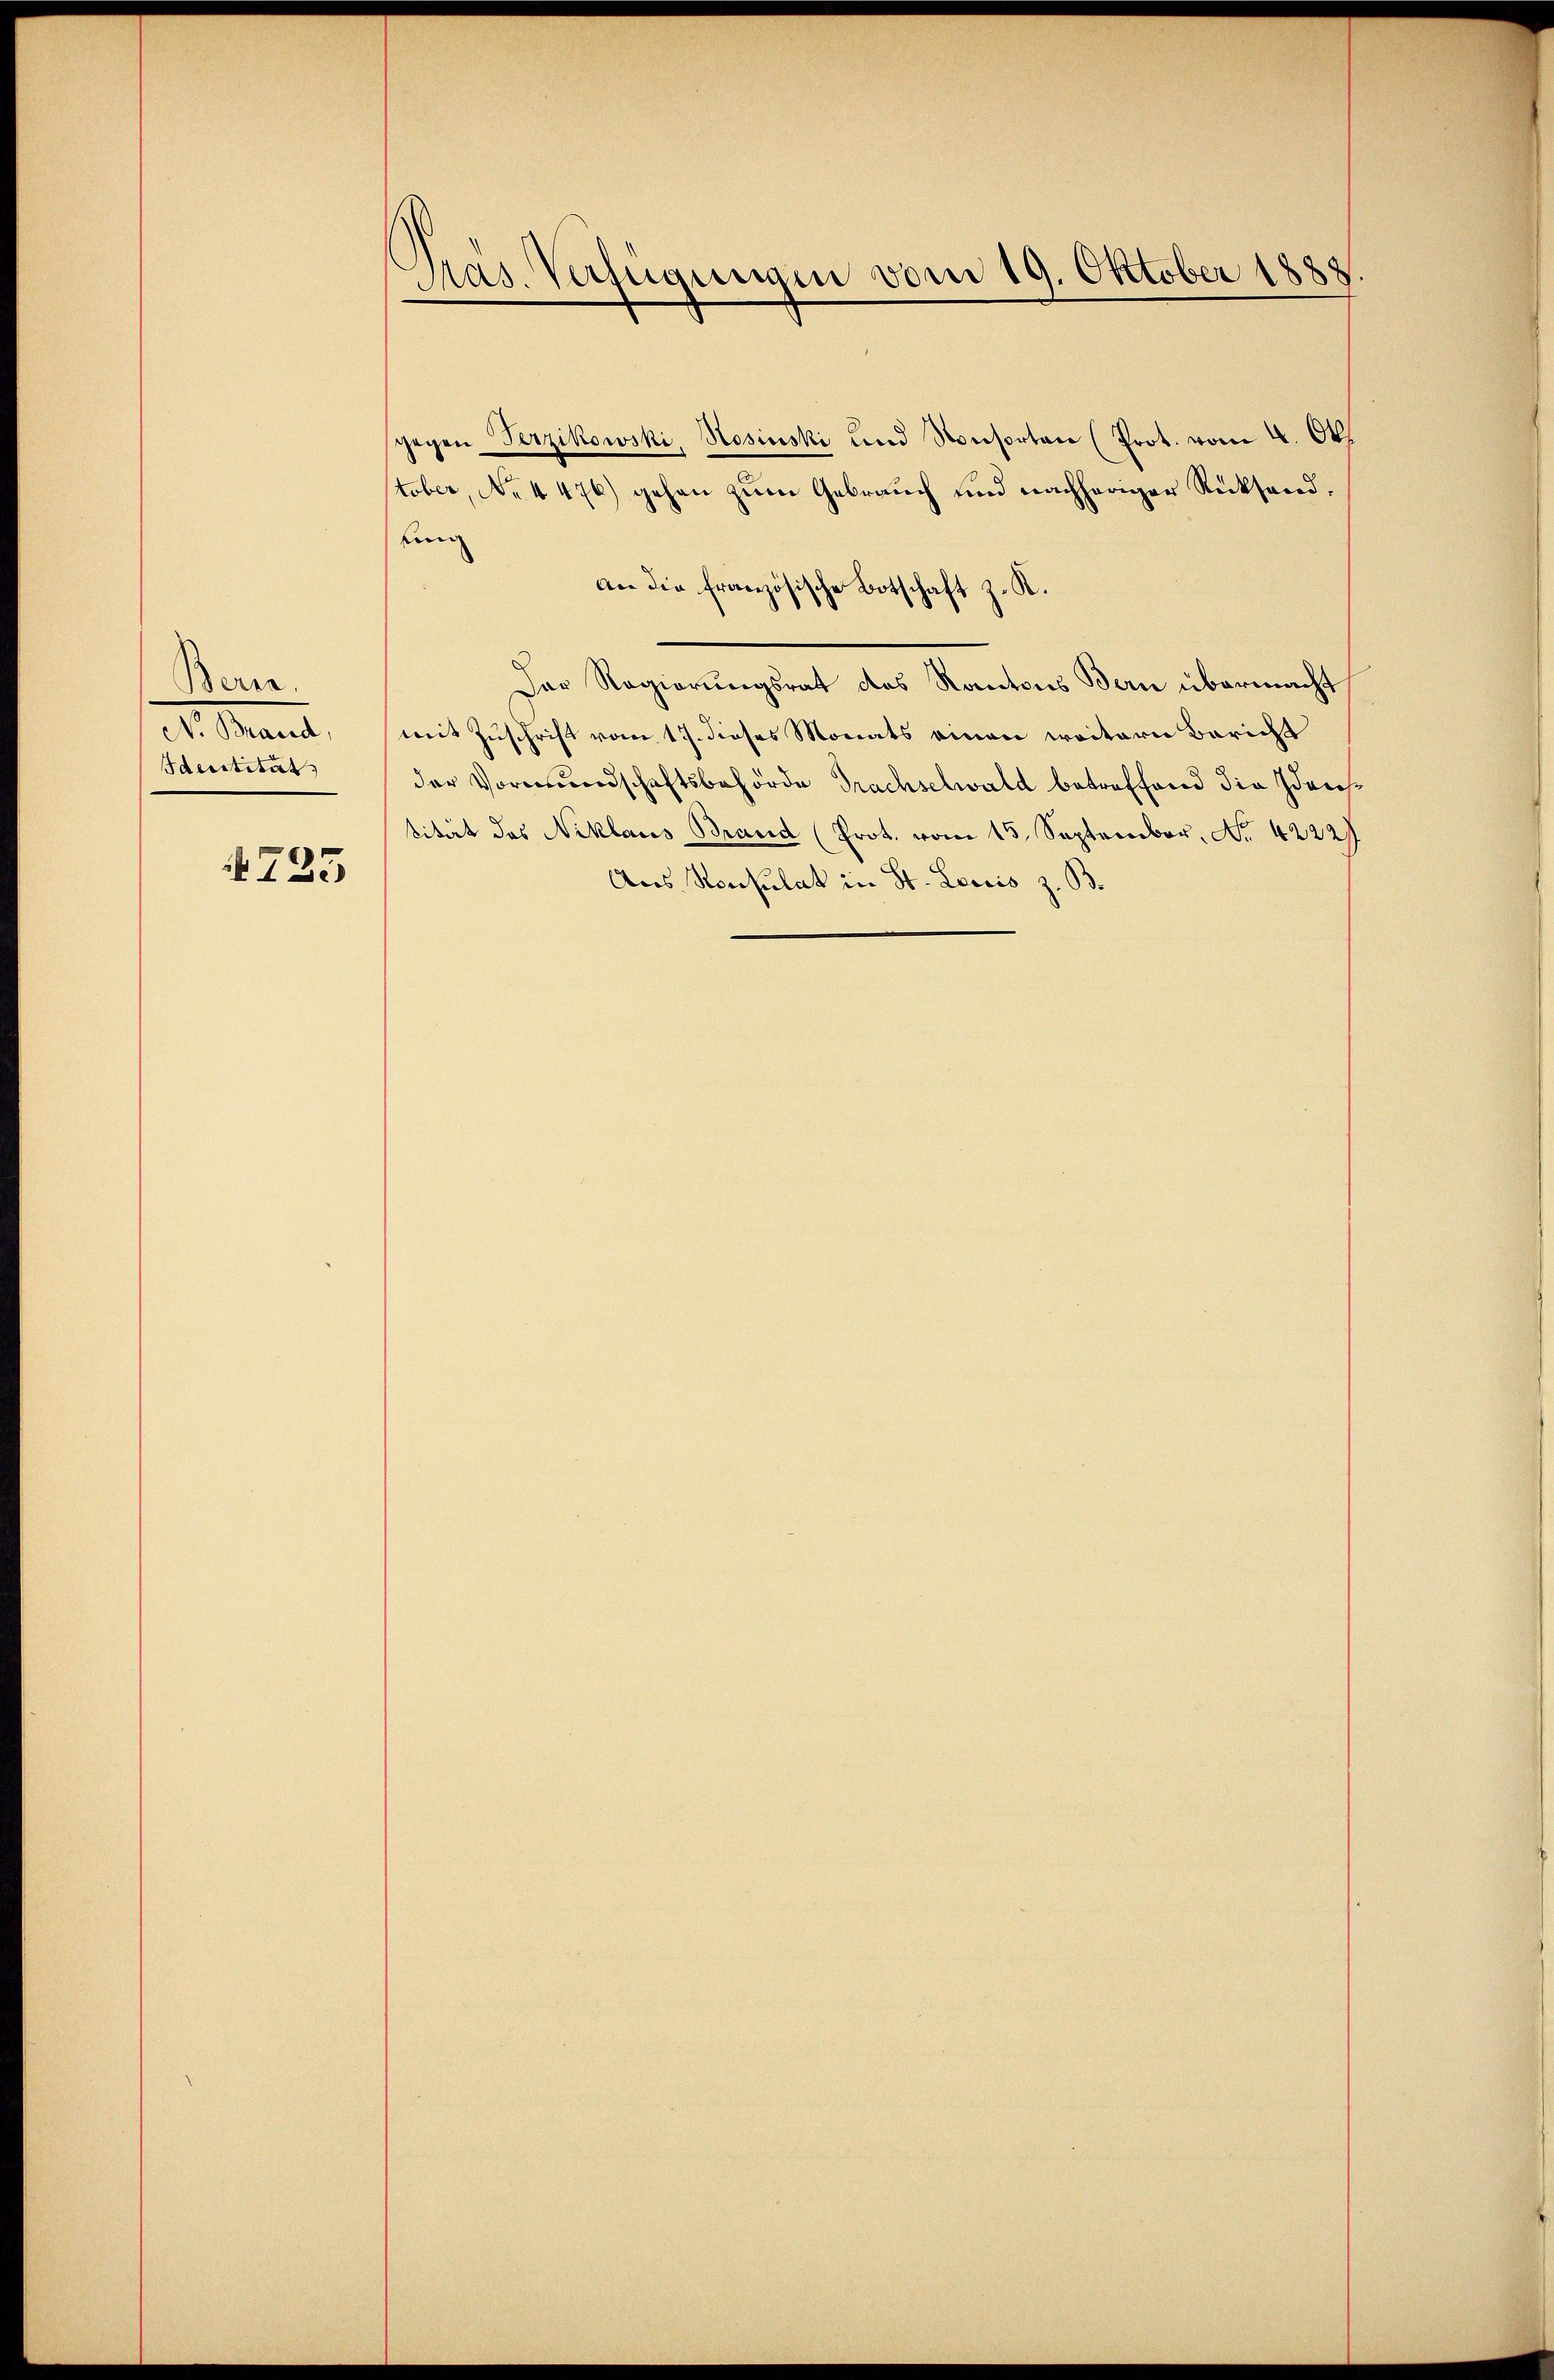
Bern.
dr. Mant,
Identität

725

Präs. Verfügungen vom 19. Oktober 1888.

gegen Verzikowski, Rosinski und Konsorten (Prot. vom 4. Okt.
tober, No. 4476) gehen zum Gebrauch und nachheriger Rücksandfung
an die französische Botschaft z. K.
Der Regierungsrat des Kantons Bern übermacht
mit Zuschrift vom 17. dieses Monats einen weitern Bericht
der Vormundschaftsbehörde Trachselwald betreffend die Identität das Niklaus Brand (Prot. vom 15. September, No. 42227
Aus Konsulat in St. Leiris z. B.